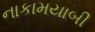
નાકામયાબી